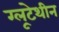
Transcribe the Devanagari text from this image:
ग्लूटेथीन